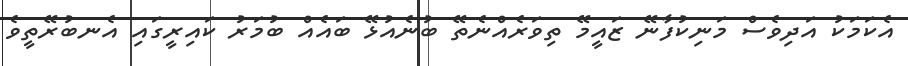
އެކަމަކު އަދިވެސް މަނިކުފާނޭ ޒައީމޭ ތިވަރެއްނެތޭ ބުނެއުޅޭ ބައެއް ބުމަރު ކައިރީގައި އެނބުރޭތީވެ